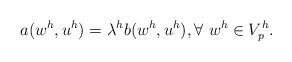
LaTeX: \begin{align*} a(w^h, u^h) = \lambda^h b(w^h, u^h), \forall \ w^h \in V^h_p.\end{align*}